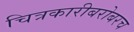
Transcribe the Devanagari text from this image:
चित्रकारीबरोबरच